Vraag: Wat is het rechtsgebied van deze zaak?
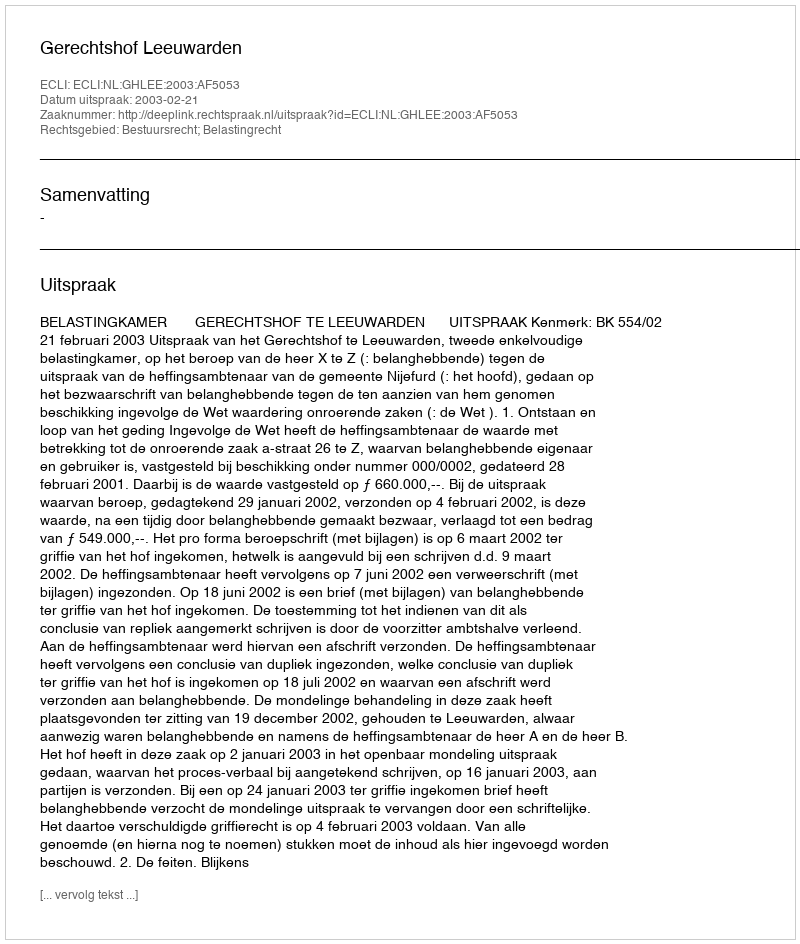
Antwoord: Bestuursrecht; Belastingrecht